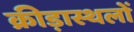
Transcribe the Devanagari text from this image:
क्रीड़ास्थलों